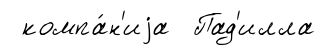
компа́н'иjа Пад'илла